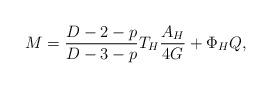
LaTeX: \begin{align*}M=\frac{D-2-p}{D-3-p}T_{H}\frac{A_{H}}{4G}+\Phi _{H}Q,\end{align*}